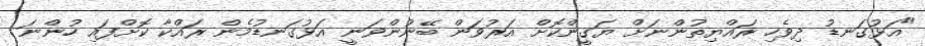
"އަޅުގަނޑު ދިވެހި ރައްޔިތުންނަށް ޔަގީންކޮށް އަރުވަން ބޭނުންވަނީ އަޅުގަނޑުމެން ރައްކާ ކޮށްފައި ހުންނަ